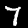
Label: 7